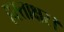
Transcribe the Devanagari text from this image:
हस्ताक्षर।